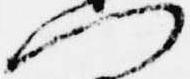
門